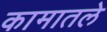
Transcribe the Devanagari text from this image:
कामातले